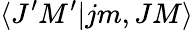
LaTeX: \langle J^{\prime}M^{\prime}|jm,JM\rangle